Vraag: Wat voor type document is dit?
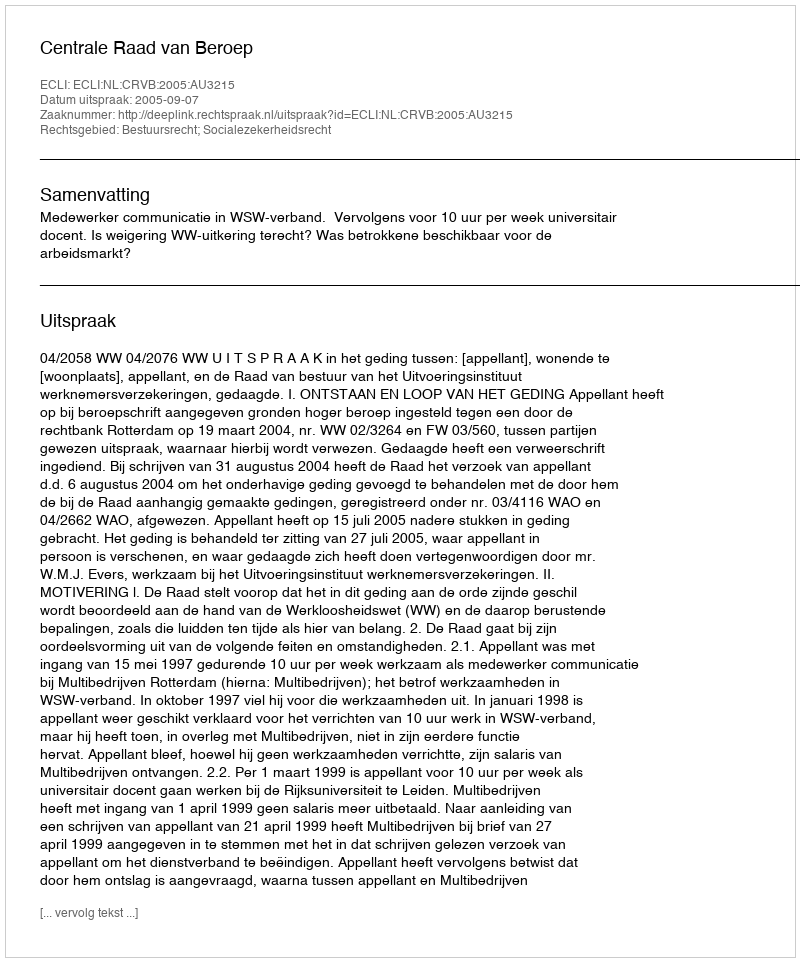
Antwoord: Uitspraak